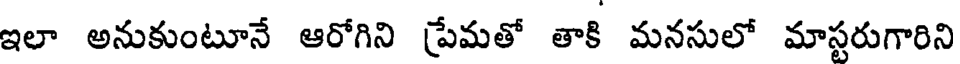
ఇలా అనుకుంటూనే ఆరోగిని ప్రేమతో తాకి మనసులో మాస్టరుగారిని